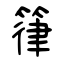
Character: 箻